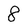
Character: 8